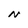
Character: N